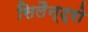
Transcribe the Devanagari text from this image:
सिलैन्ट्रो